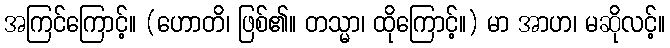
အကြင်ကြောင့်။ (ဟောတိ၊ ဖြစ်၏။ တသ္မာ၊ ထိုကြောင့်။) မာ အာဟ၊ မဆိုလင့်။